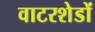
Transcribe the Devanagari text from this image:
वाटरशेडों